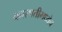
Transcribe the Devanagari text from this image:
वनस्पतीमध्येच